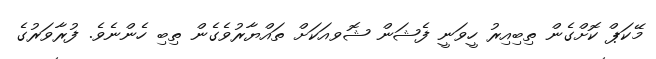
މޭކަޕް ކޮށްގެން ތިބިއިރު ހީވަނީ ފެޝަން ޝޮވއަކަށް ތައްޔާރުވެގެން ތިބި ހެންނެވެ. ފުރާވަރުގެ